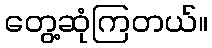
တွေ့ဆုံကြတယ်။